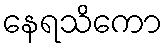
နေရသိကော